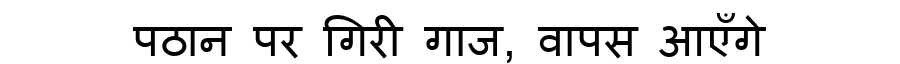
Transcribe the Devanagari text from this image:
पठान पर गिरी गाज, वापस आएँगे